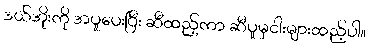
ဒယ်အိုးကို အပူပေးပြီး ဆီထည့်ကာ ဆီပူမှငါးများထည့်ပါ။